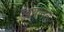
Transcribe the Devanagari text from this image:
ख़यानत